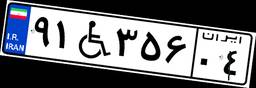
۸۸W۷۰۵۳۰